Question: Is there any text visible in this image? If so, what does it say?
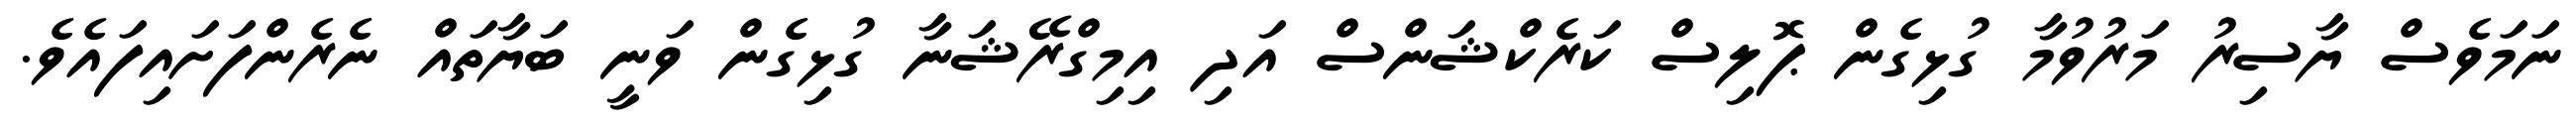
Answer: ނަމަވެސް ޔާސިރު މަރުވުމާ ގުޅިގެން ޕޮލިސް ކަރެކްޝަންސް އަދި އިމިގްރޭޝަނާ ގުޅިގެން ވަނީ ބަޔާތައް ނެރެންފަށައިފައެވެ.